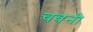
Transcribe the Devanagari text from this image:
चबनी